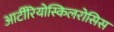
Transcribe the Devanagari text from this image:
आर्टीरियोस्किलरोसिस